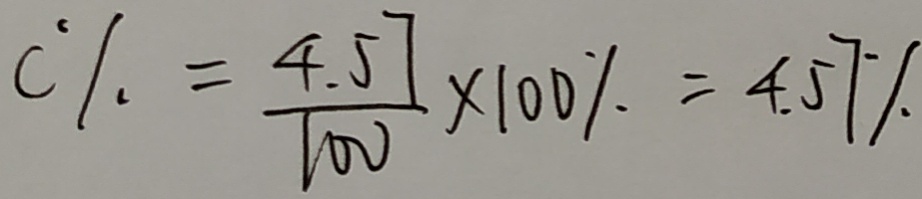
C \% = \frac { 4 . 5 7 } { 1 0 0 } \times 1 0 0 \% = 4 . 5 7 \%